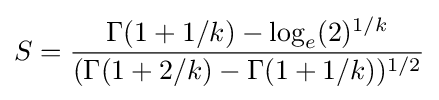
S={\frac {\Gamma (1+1/k)-\log _{e}(2)^{1/k}}{(\Gamma (1+2/k)-\Gamma (1+1/k))^{1/2}}}